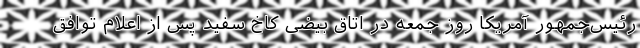
رئیس‌جمهور آمریکا روز جمعه در اتاق بیضی کاخ سفید پس از اعلام توافق